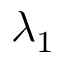
\lambda _ { 1 }